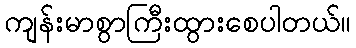
ကျန်းမာစွာကြီးထွားစေပါတယ်။